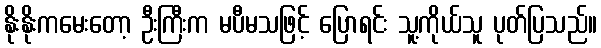
နိုးနိုးကမေးတော့ ဦးကြီးက မပီမသဖြင့် ပြောရင်း သူ့ကိုယ်သူ ပုတ်ပြသည်။